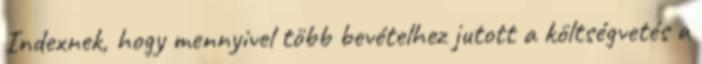
Indexnek, hogy mennyivel több bevételhez jutott a költségvetés a